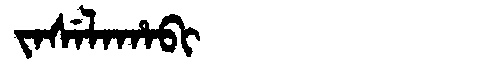
Manchu: ᠵᠠᠰᡝᠯᠠᡥᠠᠪᡳ
Romanization: JASELAHABI